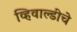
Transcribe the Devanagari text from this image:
व्हिवाल्डीचे